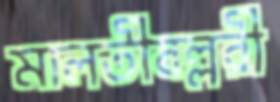
মালতীবল্লরী